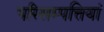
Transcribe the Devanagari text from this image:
परिसम्पत्तियां